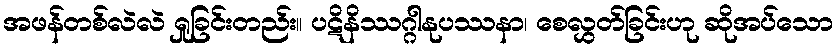
အဖန်တစ်လဲလဲ ရှုခြင်းတည်း။ ပဋိနိဿဂ္ဂါနုပဿနာ၊ စေလွှတ်ခြင်းဟု ဆိုအပ်သော